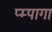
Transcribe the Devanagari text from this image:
प्म्पागा